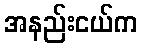
အနည်းငယ်က